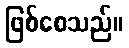
ဖြစ်စေသည်။